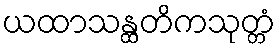
ယထာသန္ထတိကသုတ္တံ